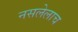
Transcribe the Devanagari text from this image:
नसलेलाच